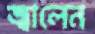
জ্বালেন